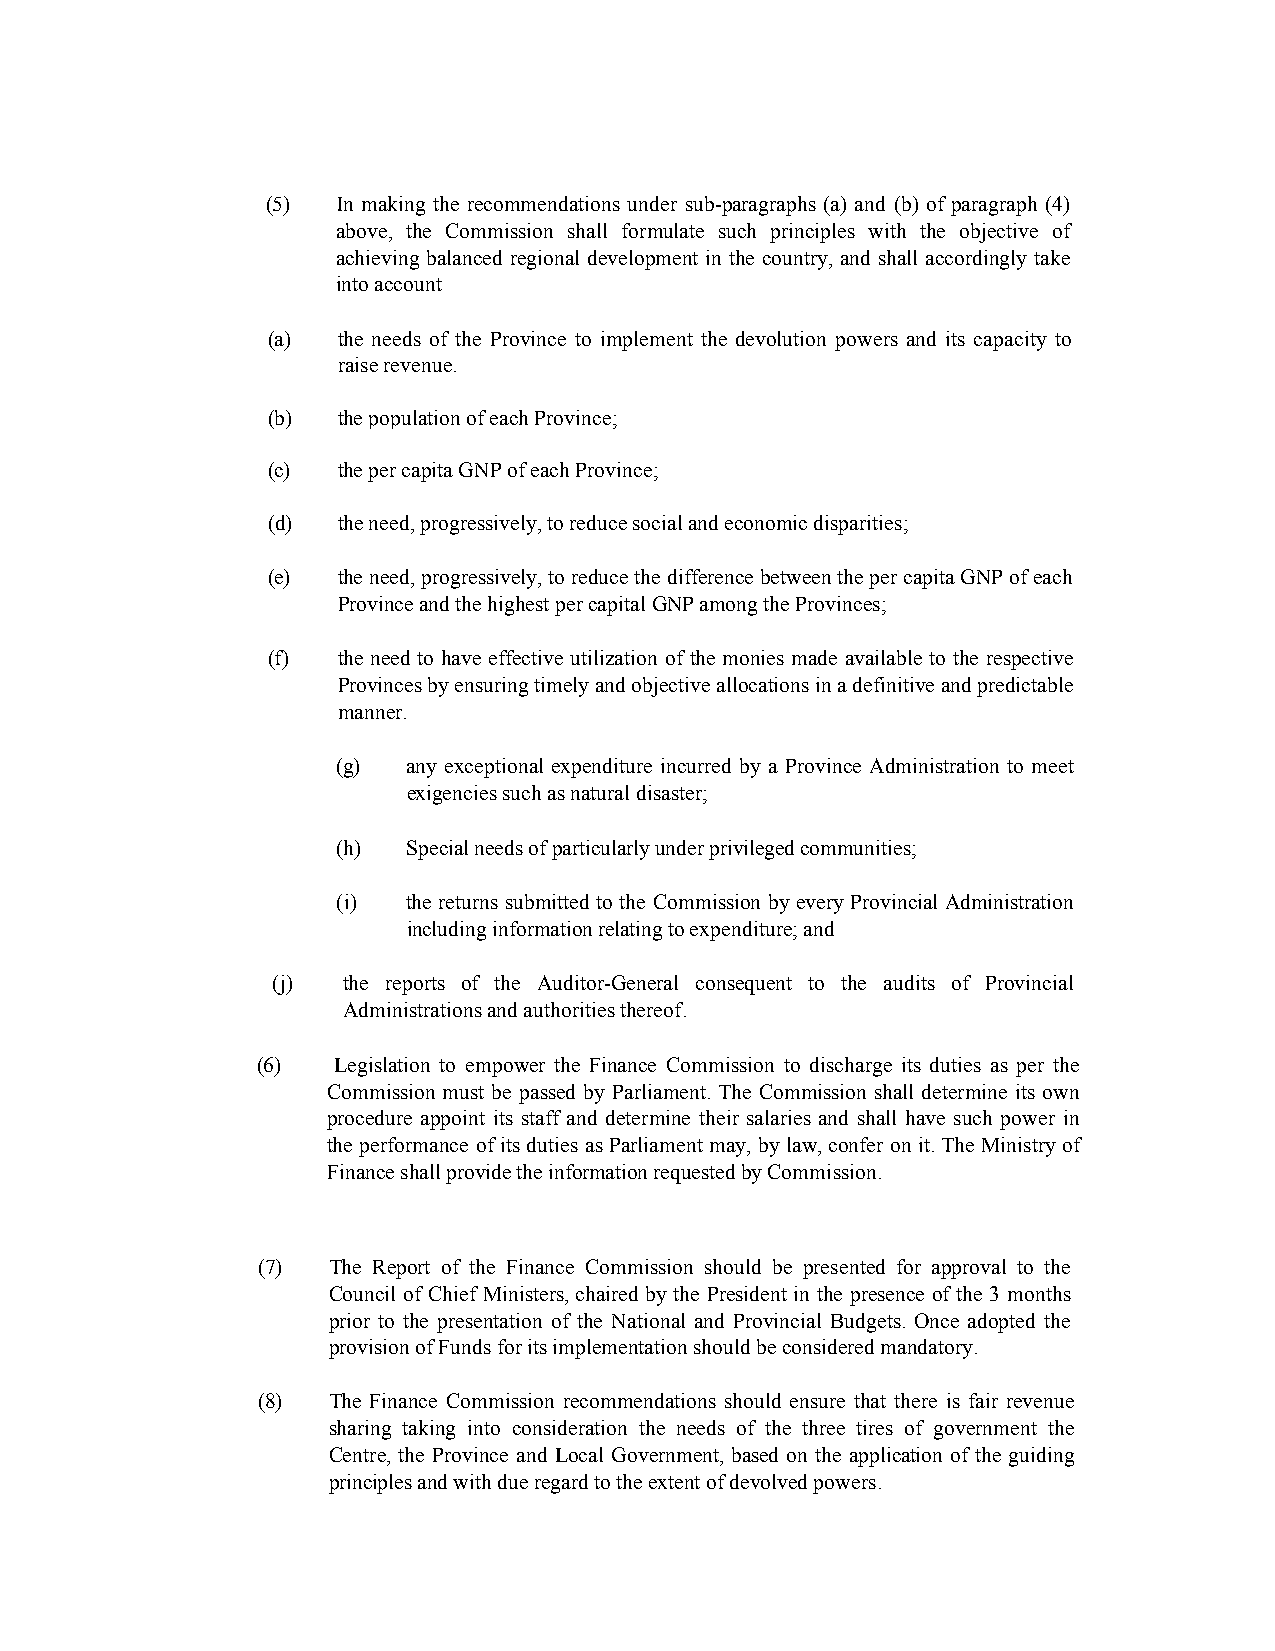
(5) In making the recommendations under sub-paragraphs (a) and (b) of paragraph (4)
 above, the Commission shall formulate such principles with the objective of
 achieving balanced regional development in the country, and shall accordingly take
 into account
 (a) the needs of the Province to implement the devolution powers and its capacity to
 raise revenue.
 (b) the population of each Province;
 (c) the per capita GNP of each Province;
 (d) the need, progressively, to reduce social and economic disparities;
 (e) the need, progressively, to reduce the difference between the per capita GNP of each
 Province and the highest per capital GNP among the Provinces;
 (f) the need to have effective utilization of the monies made available to the respective
 Provinces by ensuring timely and objective allocations in a definitive and predictable
 manner.
 (g)  any exceptional expenditure incurred by a Province Administration to meet
 exigencies such as natural disaster;
 (h)  Special needs of particularly under privileged communities;
 (i)  the returns submitted to the Commission by every Provincial Administration
 including information relating to expenditure; and
 (j)  the reports of the Auditor-General consequent to the audits of Provincial
 Administrations and authorities thereof.
 (6)  Legislation to empower the Finance Commission to discharge its duties as per the
 Commission must be passed by Parliament. The Commission shall determine its own
 procedure appoint its staff and determine their salaries and shall have such power in
 the performance of its duties as Parliament may, by law, confer on it. The Ministry of
 Finance shall provide the information requested by Commission.
 (7)  The Report of the Finance Commission should be presented for approval to the
 Council of Chief Ministers, chaired by the President in the presence of the 3 months
 prior to the presentation of the National and Provincial Budgets. Once adopted the
 provision of Funds for its implementation should be considered mandatory.
 (8)  The Finance Commission recommendations should ensure that there is fair revenue
 sharing taking into consideration the needs of the three tires of government the
 Centre, the Province and Local Government, based on the application of the guiding
 principles and with due regard to the extent of devolved powers.